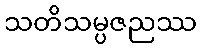
သတိသမ္ပဇညဿ